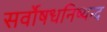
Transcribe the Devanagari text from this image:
सर्वोषधनिष्यन्द